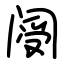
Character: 阌